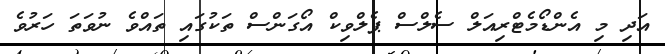
އަދި މި އެންޑޯމެޓްރިއަލް ސެލްސް ޕެލްވިކް އޯގަންސް ތަކުގައި ތައްވެ ނުވަތަ ހަރުވެ